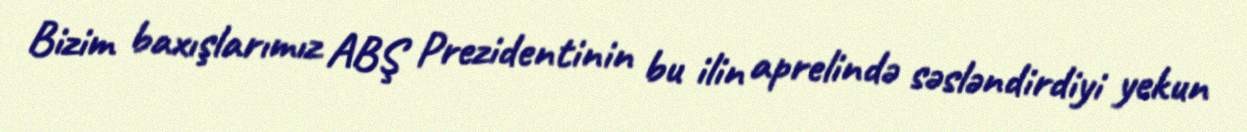
Bizim baxışlarımız ABŞ Prezidentinin bu ilin aprelində səsləndirdiyi yekun